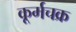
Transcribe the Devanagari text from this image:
कूर्मचक्र